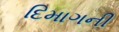
દિમાગની